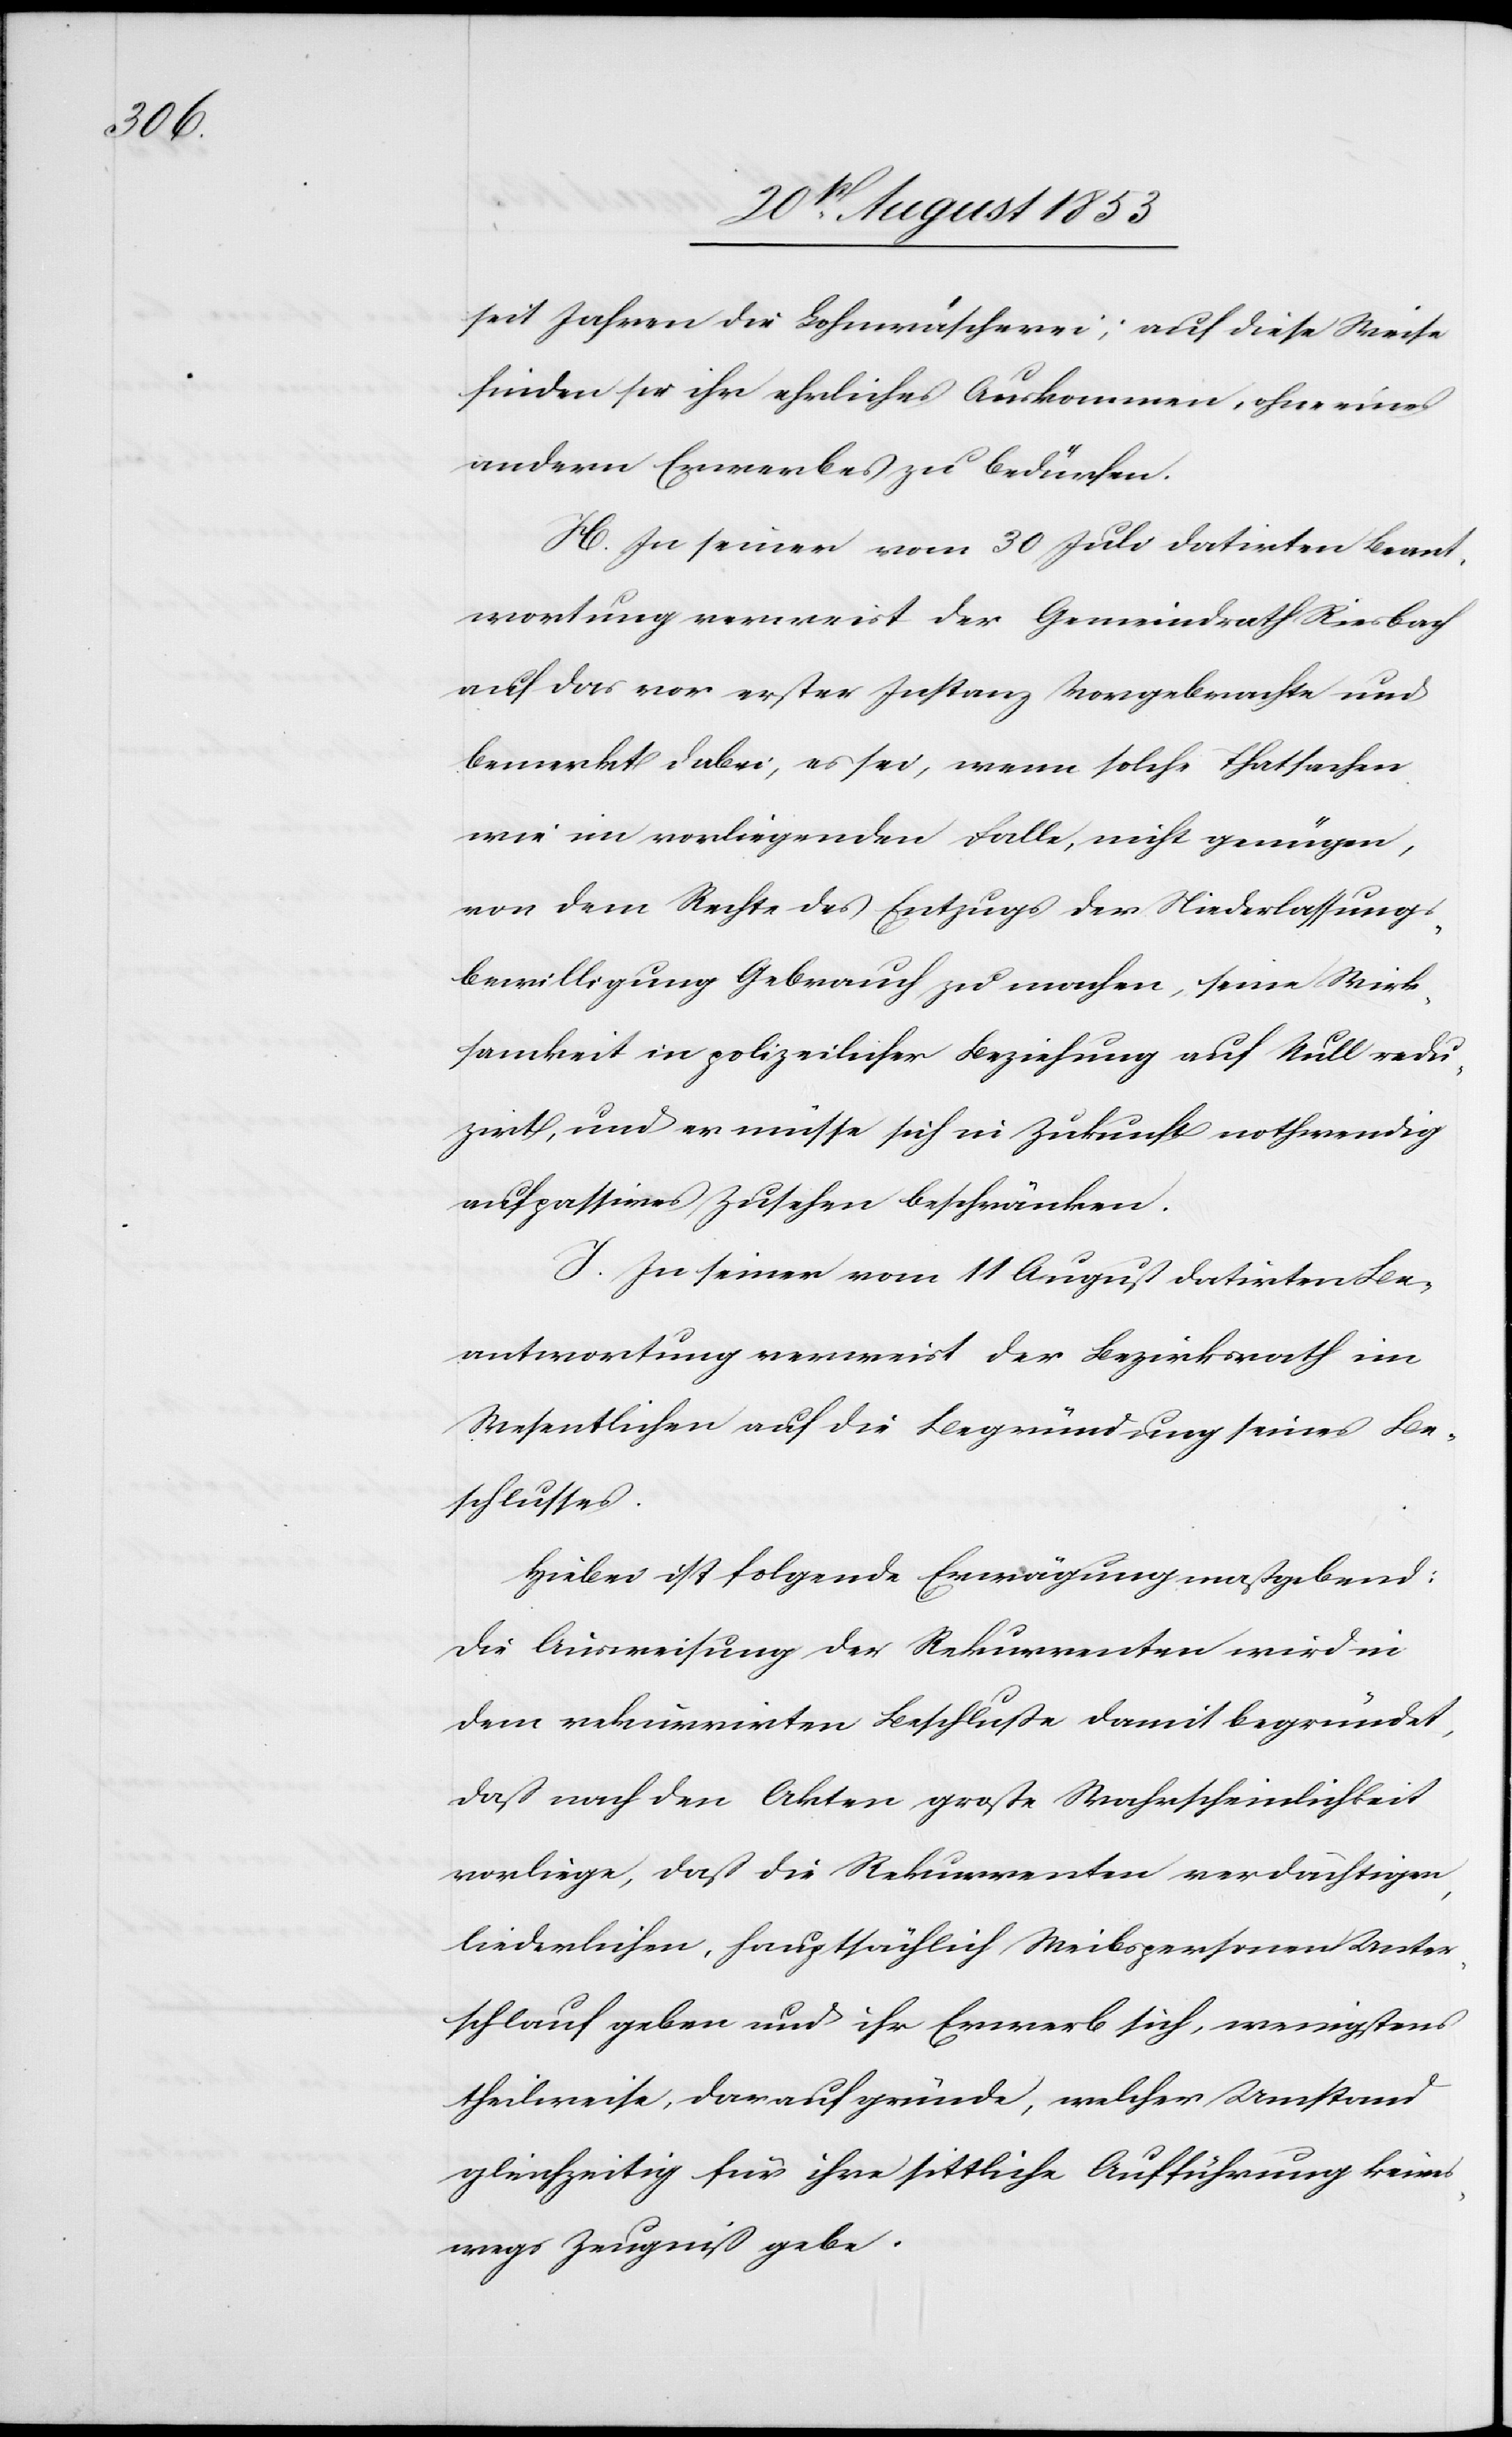
seit Jahren die Lohnwäscherei; auf diese Weise
finden sie ihre ehrliches Auskommen, ohne eines
andern Erwerbes zu bedürfen.
H. In seiner vom 30 Juli datirten Beant¬
wortung verweist der Gemeindrathe Riesbach
auf das vor erster Instanz Vorgebrachte und
bemerkt dabei, es sei, wenn solche Thatsachen
wie im vorliegenden Falle, nicht genügen,
von dem Rechte des Entzuges der Niederlassungs¬
bewilligung Gebrauch zu machen, seine Wirk¬
samkeit in polizeilicher Beziehung auf Null redu¬
zirt, und er müsse sich in Zukunft nothwendig
auf passives Zusehen beschränken.
J. In seiner vom 11 August datirten Be¬
antwortung verweist der Bezirksrath im
Wesentlichen auf die Begründung seines Be¬
schlusses.
Hiebei ist folgende Erwägung maßgebend:
Die Ausweisung der Rekurrenten wird in
dem rekurrirten Beschluße damit begründet,
daß nach den Akten große Wahrscheinlichkeit
vorliege, daß die Rekurrenten verdächtigen,
liederlichen, hauptsächlich Weibspersonen Unter¬
schlupf geben und ihr Erwerb sich, wenigstens
theilweise, darauf gründe, welcher Umstand
gleichzeitig für ihre sittliche Aufführung keines¬
wegs Zeugniß gebe.